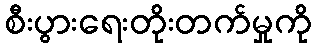
စီးပွားရေးတိုးတက်မှုကို